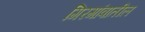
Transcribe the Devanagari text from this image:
गिरगांवातील